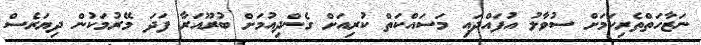
ނަޒާހަތްތެރިކަމަށް ސުވާލު އުފައްދައި މަސައްކަތް ކުރިއަށް ގެންދިއުމަށް ބުރޫއަރާ ފަދަ މޭރުމަކުން ދިޔަރެސް